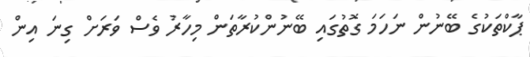
ޕާކްތަކުގެ ބޭނުން ނަހަމަ ގޮތުގައި ބޭނުންކުރާތަން މިހާރު ވެސް ވަރަށް ގިނަ އިން